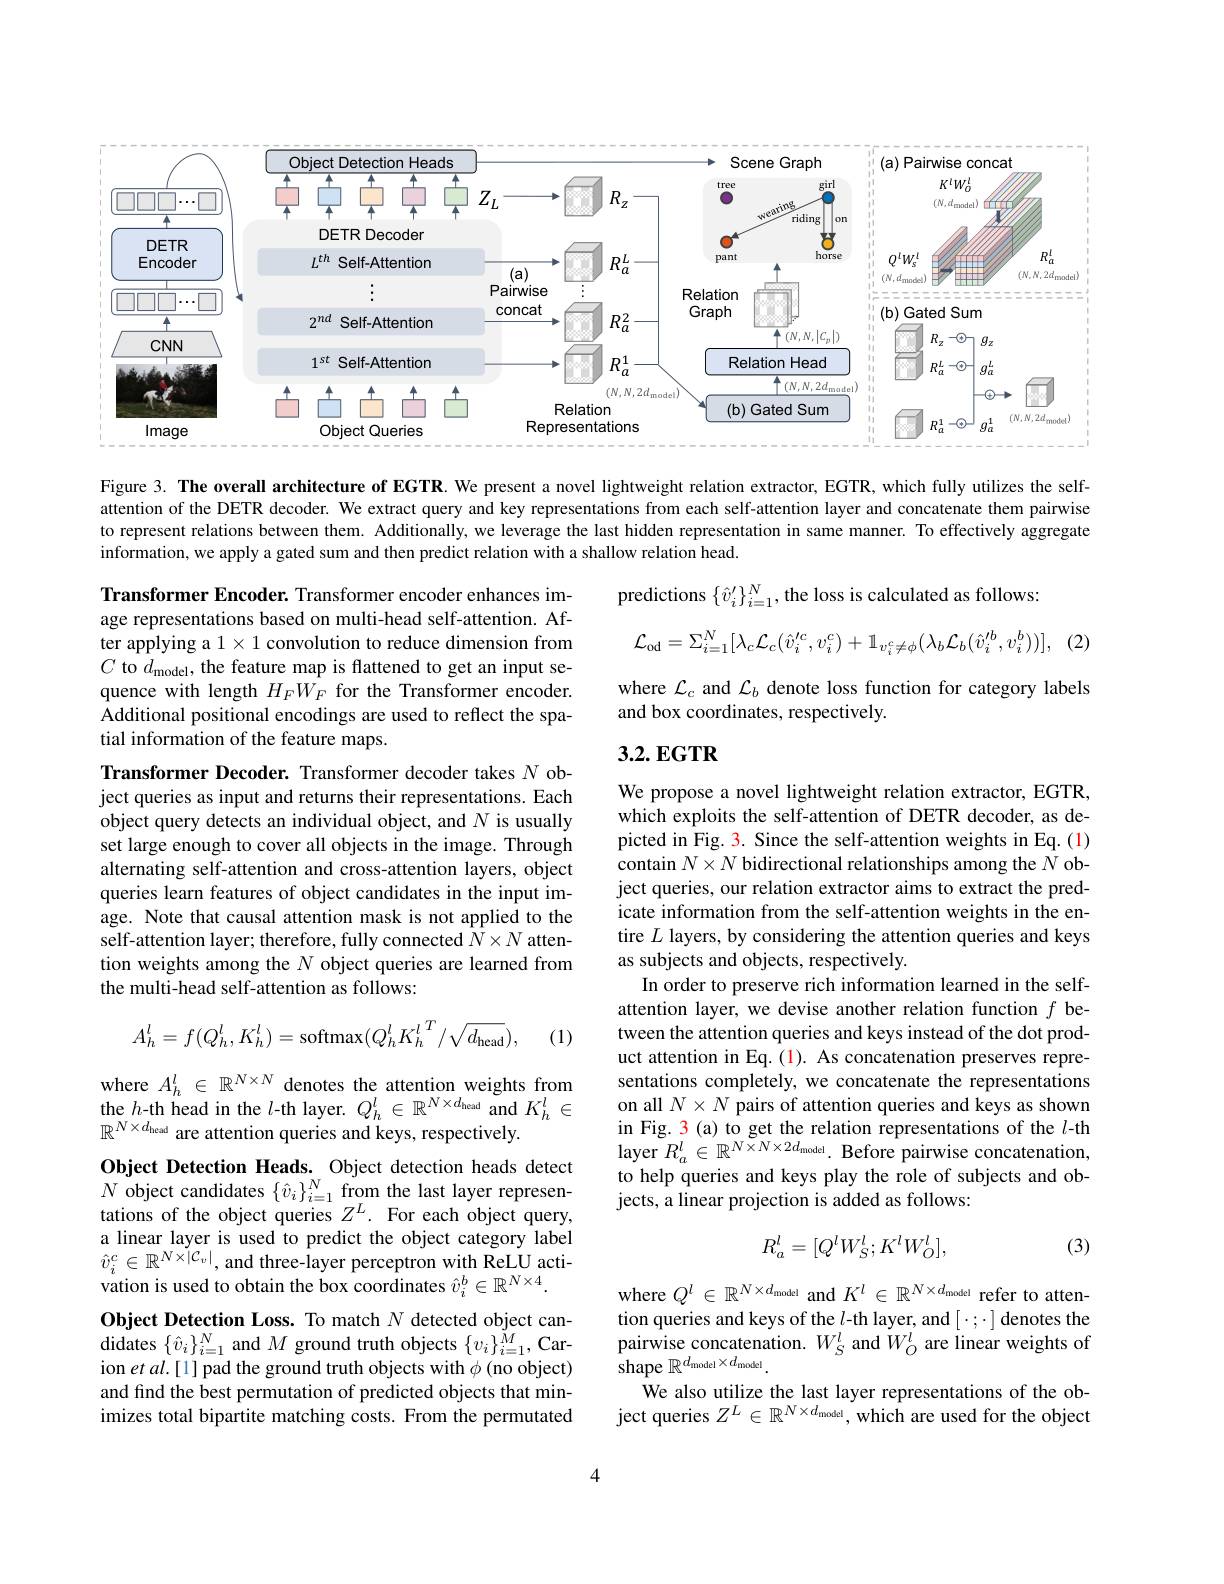
<FigureHere>

Figure 3. The overall architecture of EGTR. We present a novel lightweight relation extractor, EGTR, which fully utilizes the selfattention of the DETR decoder. We extract query and key representations from each self-attention layer and concatenate them pairwise to represent relations between them. Additionally, we leverage the last hidden representation in same manner. To effectively aggregate information, we apply a gated sum and then predict relation with a shallow relation head.

predictions $\{\hat{v}_i^{\prime}\}_{i=1}^N$, the loss is calculated as follows:
$$\mathcal{L}_{\mathrm{od}}=\Sigma_{i=1}^{N}[\lambda_{c}\mathcal{L}_{c}(\hat{v}_{i}^{\prime c},v_{i}^{c})+\mathbb{1}_{v_{i}^{c}\neq\phi}(\lambda_{b}\mathcal{L}_{b}(\hat{v}_{i}^{\prime b},v_{i}^{b}))],$$
(2)

Transformer Encoder. Transformer encoder enhances image representations based on multi-head self-attention. After applying a $1\times1$ convolution to reduce dimension from $C$ to $d_\mathrm{model}$, the feature map is flattened to get an input sequence with length $H_FW_F$ for the Transformer encoder. Additional positional encodings are used to reflect the spatial information of the feature maps.

where $\mathcal{L}_c$ and $\mathcal{L}_b$ denote loss function for category labels
and box coordinates, respectively.

## 3.2. EGTR

Transformer Decoder. Transformer decoder takes $N$ object queries as input and returns their representations. Each object query detects an individual object, and $N$ is usually set large enough to cover all objects in the image. Through alternating self-attention and cross-attention layers, object queries learn features of object candidates in the input image. Note that causal attention mask is not applied to the self-attention layer; therefore, fully connected $N\times N$ attention weights among the $N$ object queries are learned from the multi-head self-attention as follows:

We propose a novel lightweight relation extractor, EGTR, which exploits the self-attention of DETR decoder, as depicted in Fig. 3. Since the self-attention weights in Eq.(1) contain $N\times N$ bidirectional relationships among the $N$ object queries, our relation extractor aims to extract the predicate information from the self-attention weights in the entire $L$ layers, by considering the attention queries and keys as subjects and objects, respectively.
In order to preserve rich information learned in the selfattention layer, we devise another relation function $f$ between the attention queries and keys instead of the dot product attention in Eq.(1). As concatenation preserves representations completely, we concatenate the representations on all $N\times N$ pairs of attention queries and keys as shown in Fig. 3 (a) to get the relation representations of the $l$-th layer $R_a^l\in \mathbb{R} ^{N\times N\times 2d_{\mathrm{model}}}. \textbf{Before pairwise concatenation, }$ to help queries and keys play the role of subjects and objects, a linear projection is added as follows:
$$A_{h}^{l}=f(Q_{h}^{l},K_{h}^{l})=\mathrm{softmax}(Q_{h}^{l}K_{h}^{l}^{T}/\sqrt{d_{\mathrm{head}}}),$$
(1)
$$R_a^l=[Q^lW_S^l;K^lW_O^l],$$
(3)

where $A_h^l\in\mathbb{R}^{N\times N}$ denotes the attention weights from the $h$-th head in the $l$-th layer. $Q_h^l\in\mathbb{R}^{N\times d_{\mathrm{head}}}$ and $K_h^l\in$ $\mathbb{R}^{N\times d_{\mathrm{head}}\text{ are attention queries and keys, respectively.}}$
Object Detection Heads. Object detection heads detect $N$ object candidates $\{\hat{v}_i\}_i=1^N$ from the last layer representations of the object queries $Z^L.$ For each object query, a linear layer is used to predict the object category label $\hat{v}_i^c\in\mathbb{R}^{N\times|\mathcal{C}_v|}$, and three-layer perceptron with ReLU activation is used to obtain the box coordinates $\hat{v}_i^b\in\mathbb{R}^{N\times4}.$
Object Detection Loss. To match $N$ detected object candidates $\{\hat{v}_{i}\}_{i=1}^{N}$ and $M$ ground truth objects $\{v_{i}\}_{i=1}^{\tilde{M}}$, Carion et al.[1] pad the ground truth objects with $\phi$ (no object) and find the best permutation of predicted objects that minimizes total bipartite matching costs. From the permutated

where $Q^l\in\mathbb{R}^{N\times d_{\mathrm{model}}}$ and $K^l\in\mathbb{R}^{N\times d_{\mathrm{model}}}$ refer to attention queries and keys of the $l$-th layer, and $[\cdot;\cdot]$ denotes the pairwise concatenation. $W_{S}^{l}$ and $\dot{W}_{O}^{l}$ are linear weights of ${\mathrm{shape~}\mathbb{R}^{d_{\mathrm{model}}\times d_{\mathrm{model}}}}.$
We also utilize the last layer representations of the object queries $Z^L\in\mathbb{R}^{N\times d_{\mathrm{model}}}$, which are used for the object

4